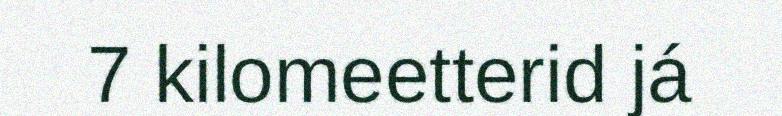
7 kilomeetterid já